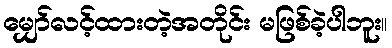
မျှော်လင့်ထားတဲ့အတိုင်း မဖြစ်ခဲ့ပါဘူး။